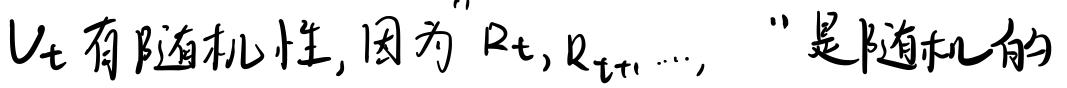
$V_t$有随机性, 因为$R_t, R_{t + 1}, \cdots,$ 是随机的